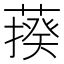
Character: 𦺕